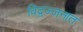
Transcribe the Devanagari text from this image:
विद्वज्जनात